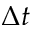
\Delta t